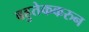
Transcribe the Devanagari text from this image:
बहुतेककरुन